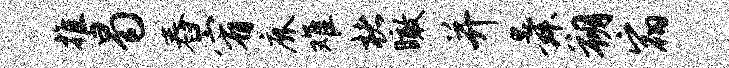
推曷舂宥鹿难楮瞰并舜朔宿